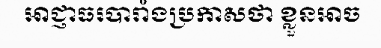
អាជ្ញាធរបារាំងប្រកាសថា ខ្លួនអាច